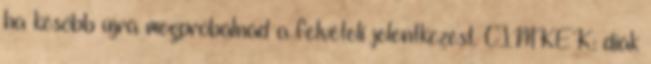
ha később újra megpróbálnád a felvételi jelentkezést. CÍMKÉK: diák